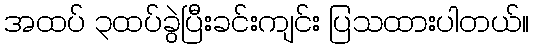
အထပ် ၃ထပ်ခွဲပြီးခင်းကျင်း ပြသထားပါတယ်။